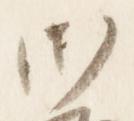
御